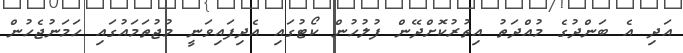
އަދި އެ ބަންދުގެ މުއްދަތު އިތުރުކޮށްދޭން ފުލުހުން ކޯޓުގައި އެދިފައިވަނީ މުޖުތަމައުގައި ހަމަނުޖެހުން